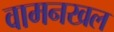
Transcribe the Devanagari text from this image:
वामनखल